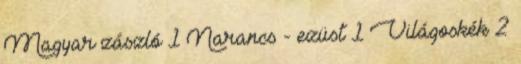
Magyar zászló 1 Narancs - ezüst 1 Világoskék 2